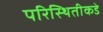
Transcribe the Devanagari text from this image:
परिस्थितीकडे